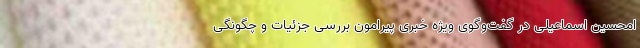
امحسین اسماعیلی در گفت‌وگوی ویژه خبری پیرامون بررسی جزئیات و چگونگی